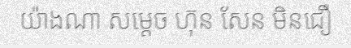
យ៉ាងណា សម្តេច ហ៊ុន សែន មិនជឿ